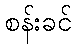
စန်းခင်